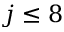
j \le 8